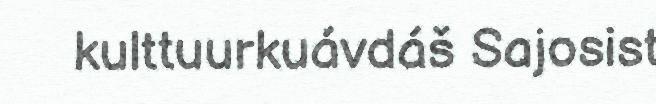
kulttuurkuávdáš Sajosist